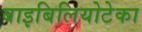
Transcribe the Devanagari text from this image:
बाइबिलियोटेका